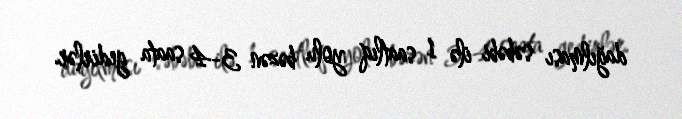
dağılması səbəbi ilə 1 saatlıq yolu bəzən 3-4 saata gedirlər.